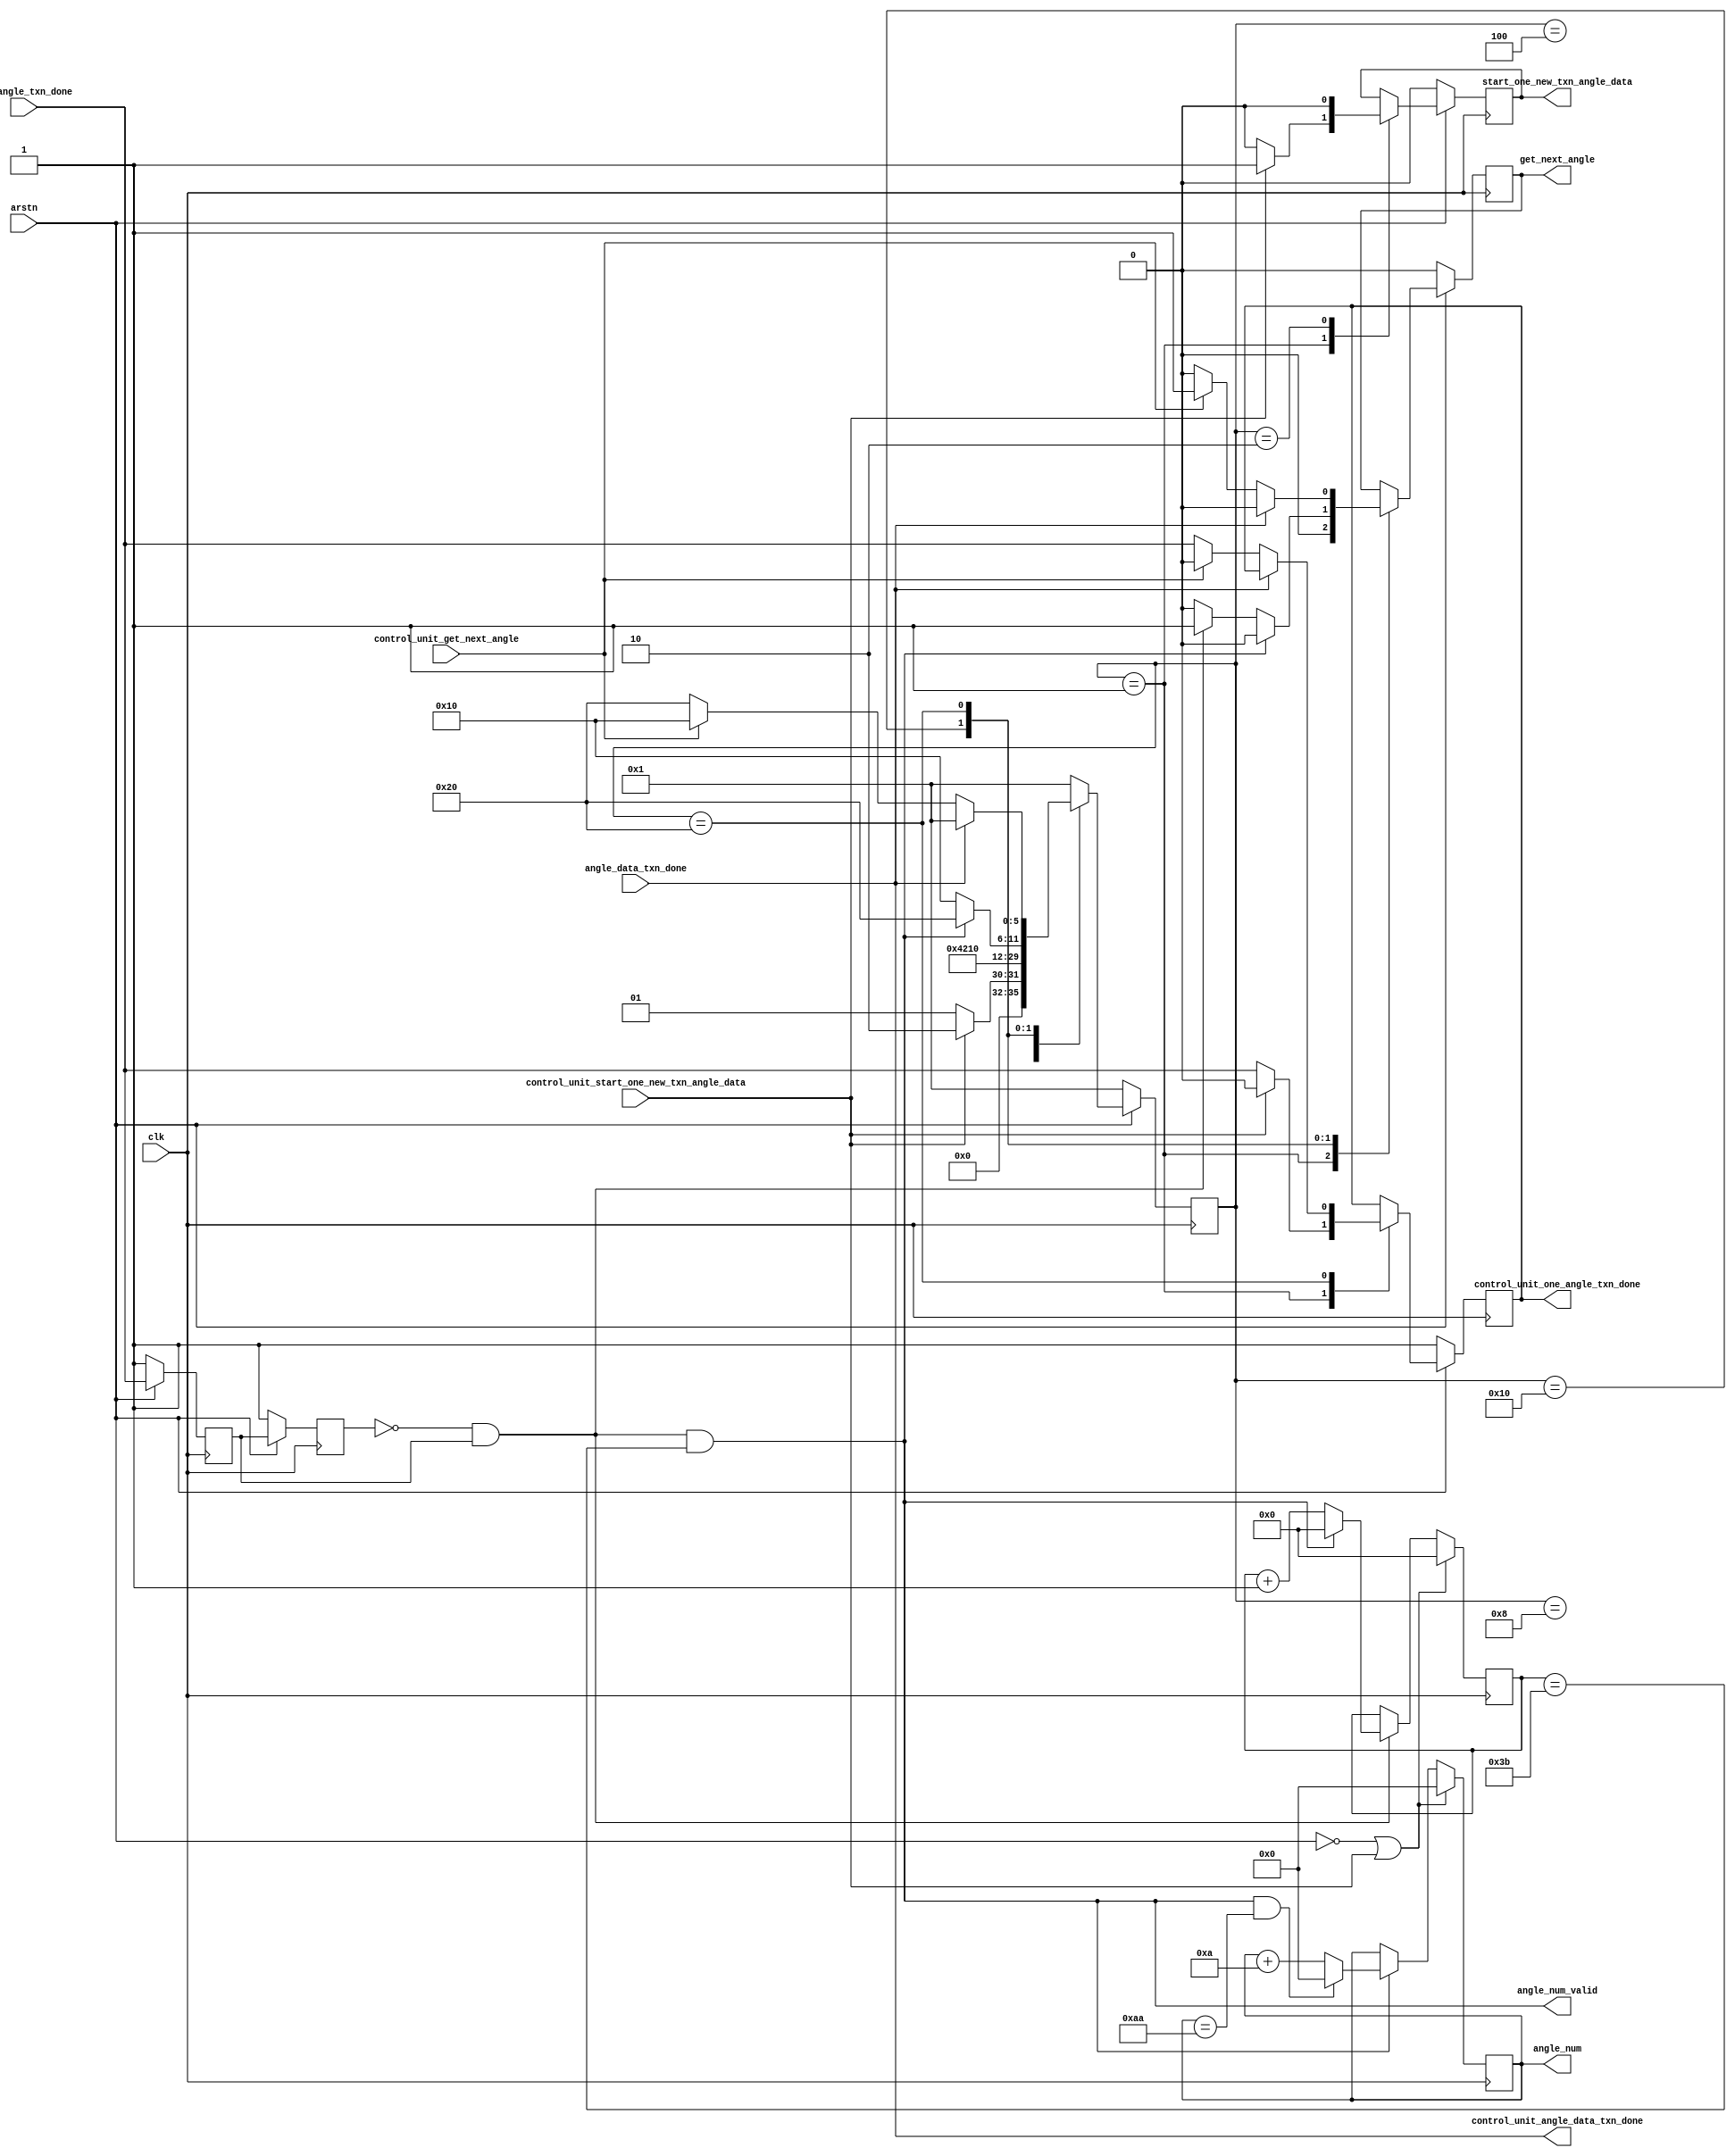
module control_angle_txn #(
	//
    parameter ANGLE_NUM           = 180,
    parameter PIPELINES_NUM       = 60
)
(
	input clk,    // Clock
	input arstn,  // Asynchronous reset active low

	// PIPELINES_NUM 
	input wire			control_unit_start_one_new_txn_angle_data,
	input wire			control_unit_get_next_angle,
	output reg			control_unit_one_angle_txn_done,
	output wire			control_unit_angle_data_txn_done,

	output reg	[7:0]	angle_num,
	output wire			angle_num_valid,

	//
	output reg			start_one_new_txn_angle_data,
	output reg			get_next_angle,
	input wire			one_angle_txn_done,
	input wire			angle_data_txn_done
);
//
function integer clogb2 (input integer bit_depth);              
	begin                                                           
	    for(clogb2=0; bit_depth>0; clogb2=clogb2+1)                   
	      bit_depth = bit_depth >> 1;                                 
	end                                                           
endfunction
parameter integer PIPELINES_NUM_W = clogb2(PIPELINES_NUM - 1);

assign control_unit_angle_data_txn_done = angle_data_txn_done;

//
localparam IDLE                  = 6'b000001;
localparam START_TXN             = 6'b000010;
localparam DELAY0                = 6'b000100;
localparam DELAY1                = 6'b001000;
localparam CNT_TXN               = 6'b010000;
localparam COMPLETE              = 6'b100000;

reg	[5:0]	mst_state;

reg one_angle_txn_done_ff1;
reg one_angle_txn_done_ff2;
wire one_angle_txn_done_posedge;
assign one_angle_txn_done_posedge = (~one_angle_txn_done_ff2) && one_angle_txn_done_ff1;
always @(posedge clk) begin 
	if(~arstn) begin
		one_angle_txn_done_ff1 <= 1;
		one_angle_txn_done_ff2 <= 1;
	end else begin
		one_angle_txn_done_ff1 <= one_angle_txn_done;
		one_angle_txn_done_ff2 <= one_angle_txn_done_ff1;
	end
end

reg [PIPELINES_NUM_W-1:0] txn_num_cnt;
wire add_txn_num_cnt;
wire end_txn_num_cnt;

always @(posedge clk) begin
    if((arstn==1'b0) || control_unit_start_one_new_txn_angle_data == 1'b1)begin
        txn_num_cnt <= 0;
    end
    else if(add_txn_num_cnt)begin
        if(end_txn_num_cnt)
            txn_num_cnt <= 0;
        else
            txn_num_cnt <= txn_num_cnt + 1;
    end
end

assign add_txn_num_cnt = one_angle_txn_done_posedge;       
assign end_txn_num_cnt = add_txn_num_cnt && txn_num_cnt == PIPELINES_NUM - 1;

wire add_angle_num;
wire end_angle_num;
always @(posedge clk) begin
    if((arstn==1'b0) || control_unit_start_one_new_txn_angle_data == 1'b1)begin
        angle_num <= 0;
    end
    else if(add_angle_num)begin
        if(end_angle_num)
            angle_num <= 0;
        else
            angle_num <= angle_num + 10;
    end
end

assign add_angle_num = end_txn_num_cnt;       
assign end_angle_num = add_angle_num && angle_num == ANGLE_NUM - 10;
assign angle_num_valid = add_angle_num;

//FIFO
always @ ( posedge clk)                                                                            
  begin                                                                                                     
    if (arstn == 1'b0 )                                                                             
      begin                                                                                                                        
        mst_state <= IDLE;
        control_unit_one_angle_txn_done <= 1'b1;
        start_one_new_txn_angle_data <= 1'b0;    
        get_next_angle <= 1'b0;                                        
      end                                                                                                   
    else                                                                                                    
      begin
      	case (mst_state)
      	  IDLE:
      	    begin
      	    	get_next_angle <= 1'b0;
      	    	if(control_unit_start_one_new_txn_angle_data == 1'b1) begin
      	    		start_one_new_txn_angle_data <= 1'b1;
      	    		control_unit_one_angle_txn_done <= 1'b0;
      	    		mst_state <= START_TXN;
      	    	end
      	    	else begin
      	    		start_one_new_txn_angle_data <= 1'b0;
					control_unit_one_angle_txn_done <= one_angle_txn_done;
      	    		mst_state <= IDLE;
      	    	end
      	    end
      	  START_TXN:
      	    begin
      	    	start_one_new_txn_angle_data <= 1'b0;
      	    	mst_state <= DELAY0;
      	    end
      	  DELAY0:
      	    begin
      	    	mst_state <= DELAY1;
      	    end
      	  DELAY1:
      	    begin
      	    	mst_state <= CNT_TXN;
      	    end
      	  CNT_TXN:
      	    begin
                if(end_txn_num_cnt) begin
      	    		get_next_angle <= 1'b0;
      	    		mst_state <= COMPLETE;
      	    	end
      	    	else begin
      	    		if (add_txn_num_cnt) begin
      	    			get_next_angle <= 1'b1;
      	    		end
      	    		else begin
      	    			get_next_angle <= 1'b0;
      	    		end
      	    		mst_state <= CNT_TXN;
      	    	end
      	    end
      	  COMPLETE:
      	  	begin
				if(angle_data_txn_done) begin
      	    		get_next_angle <= 1'b0;
      	    		mst_state <= IDLE;
      	    	end
      	    	else if(control_unit_get_next_angle == 1'b1) begin
      	    		get_next_angle <= 1'b1;
      	    		control_unit_one_angle_txn_done <= 1'b0;
      	    		mst_state <= CNT_TXN;
      	    	end
      	    	else begin
      	    		get_next_angle <= 1'b0;
      	    		control_unit_one_angle_txn_done <= one_angle_txn_done;
      	    		mst_state <= COMPLETE;
      	    	end
      	    end
      	  default:
      	    begin
      	    	mst_state <= IDLE;
      	    end
      	endcase
      end
  end
endmodule